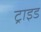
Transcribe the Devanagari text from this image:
ट्राइड